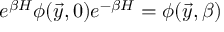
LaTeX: e ^ { \beta H } \phi ( \vec { y } , 0 ) e ^ { - \beta H } = \phi ( \vec { y } , \beta )